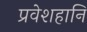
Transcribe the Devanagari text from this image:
प्रवेशहानि